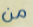
من